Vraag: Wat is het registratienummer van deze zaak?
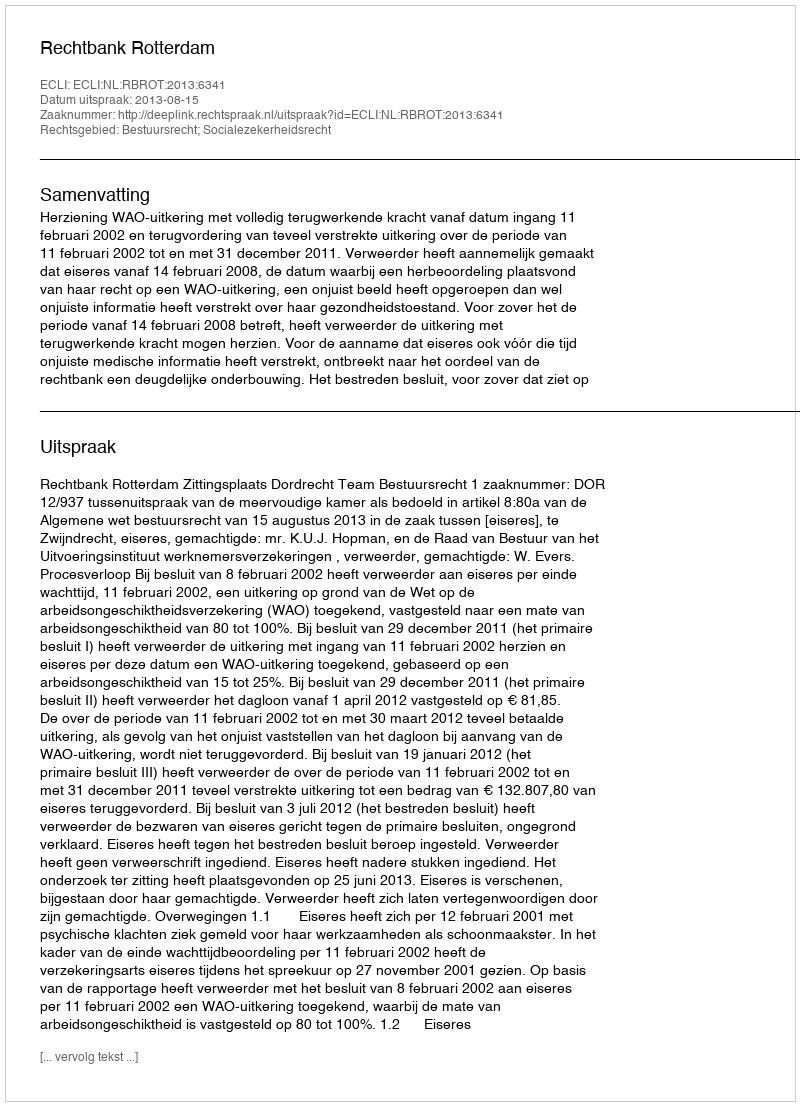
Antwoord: http://deeplink.rechtspraak.nl/uitspraak?id=ECLI:NL:RBROT:2013:6341